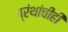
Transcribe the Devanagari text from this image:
ग्रंथांचीही